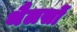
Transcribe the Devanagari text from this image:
थैलसों